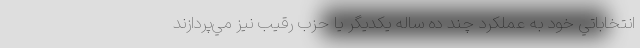
انتخاباتي خود به عملكرد چند ده ساله يكديگر يا حزب رقيب نيز مي‌پردازند